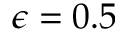
\epsilon = 0 . 5